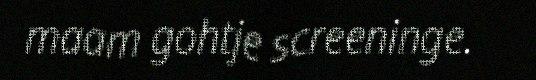
maam gohtje screeninge.